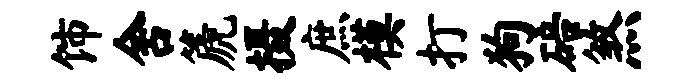
饰舍篪摄庶模打狗碚煞